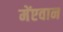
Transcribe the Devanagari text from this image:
मेंएवान